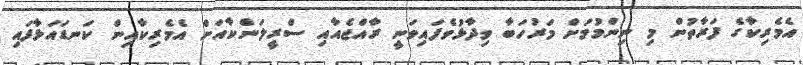
އެމެރިކާގެ ފަރާތުން މި ނިންމުމަށް މަރުހަބާ ވިދާޅުވެފައިވަނީ ރާއްޖެއާއި ސްރީލަންކާއަށް އެމެރިކާއިން ކަނޑައަޅާފައި